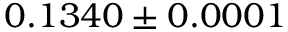
0 . 1 3 4 0 \pm 0 . 0 0 0 1